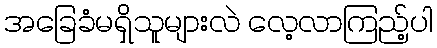
အခြေခံမရှိသူများလဲ လေ့လာကြည့်ပါ